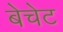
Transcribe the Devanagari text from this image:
बेचेट